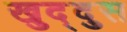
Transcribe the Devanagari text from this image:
खुद्दुस